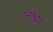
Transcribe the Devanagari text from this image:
एसोचेम